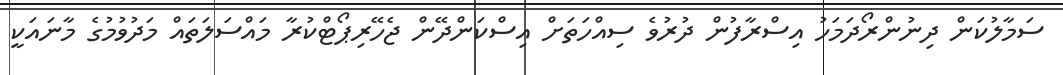
ސަމާލުކަން ދިނުންރޯދަމަހު އިސްރާފުން ދުރުވެ ސިއްހަތަށް އިސްކަންދޭން ޖެހޭރިޕޯޓްކުރާ މައްސަލަތައް މަދުވުމުގެ މާނައަކީ